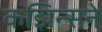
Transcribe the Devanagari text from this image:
कझिन्सने